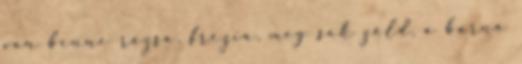
van benne rózsa, frézia, meg sok zöld, a barna